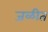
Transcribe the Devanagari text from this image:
जळीत